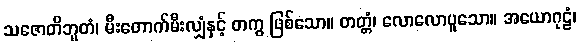
သဇောတိဘူတံ၊ မီးတောက်မီးလျှံနှင့် တကွ ဖြစ်သော။ တတ္တံ၊ လောလောပူသော။ အယောဂုဠံ၊